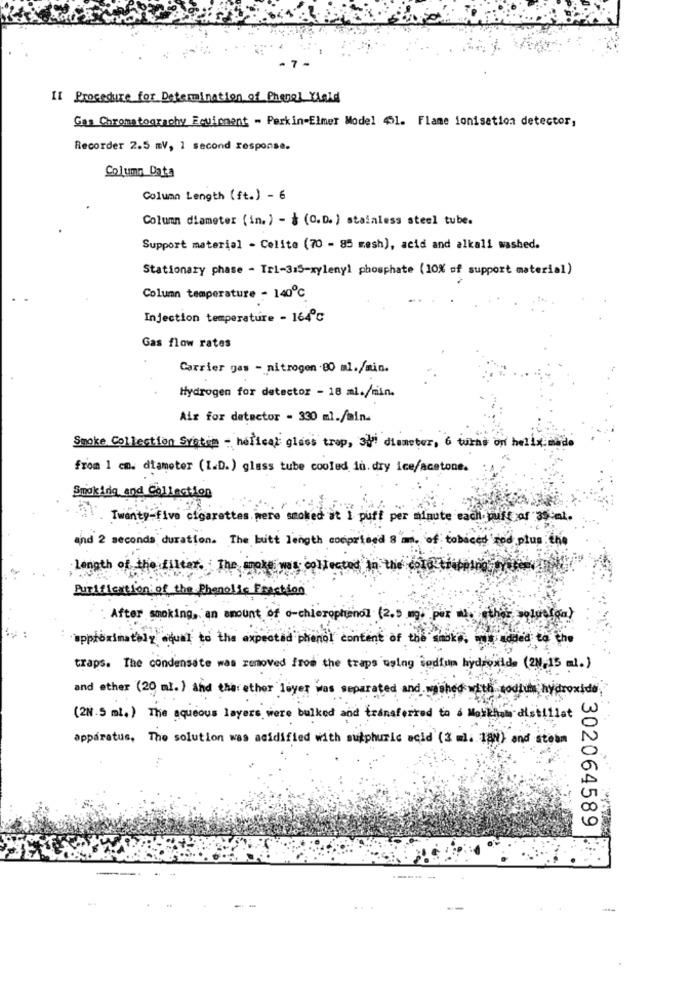
- 7
II Procedure for Determination of Phenol Kleid
Gas Chromatography Equipment - Parkin Elmer Model 51. Flame ionisation detector,
Recorder 2.5 mV, 1 second response.
Column Data
Column Length (ft.) - 6
Column diameter (in.) - $ (C.D. ) stainless steel tube.
Support material - Celite (70 - 85 mesh), acid and alkali washed.
Stationary phase - Tri-315-xylenyl phosphate (10% of support material)
Column temperature - 140℃
Injection temperature - 164℃
Gas flow rates
Carrier gas - nitrogon .80 ml./min.
Hydrogen for detector - 18 ml./min.
Air for detector - 330 ml./min.
Smoke Collection System - helical glass trop, syi diameter, 6 turns on helix made
from 1 cm. diameter (I.D.) glass tube cooled in. dry ice/acetone.
Smoking and Collection
Twenty-five cigarettes were smoked at I puff per minute each pull of 350ml.
and 2 seconds duration. The butt length comprised 8 mm. of tobaced rod plus the
length of the filter. The smoke was coli
Purification of the phenolic Fraction
: After smoking, an amount of o-chierophenol (2.5 mg. per m. ether solution)
approximately equal to the expected phenol content of the smoke, was added to the
traps. The condensate was removed from the traps using sodium hydroxide (20-15 ml.)
and ether (20 ml.) and therether loyer was separated and washed with sodium hydroxide
(21.5 ml.) The aqueous layers were bulked and transferred to é Mobkhom distillat
apparatus, The solution was acidified with sulphuric acid (3 ml. 189) and steam
302064589
---- -